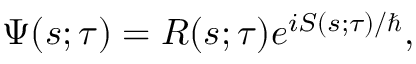
\Psi { \left( s ; \tau \right) } = R { \left( s ; \tau \right) } e ^ { i S { \left( s ; \tau \right) } / \hbar } ,